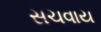
સચવાય